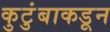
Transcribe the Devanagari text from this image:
कुटुंबाकडून